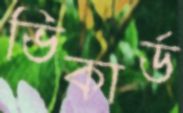
ভিকার্ড